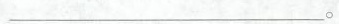
___。